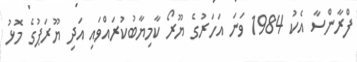
ފްރާންސާ އެކު 1984 ވަނަ އަހަރުގެ ޔޫރޯ ކާމިޔާބުކުރައްވައި އަދި ޔޫރަޕުގެ މޮޅު